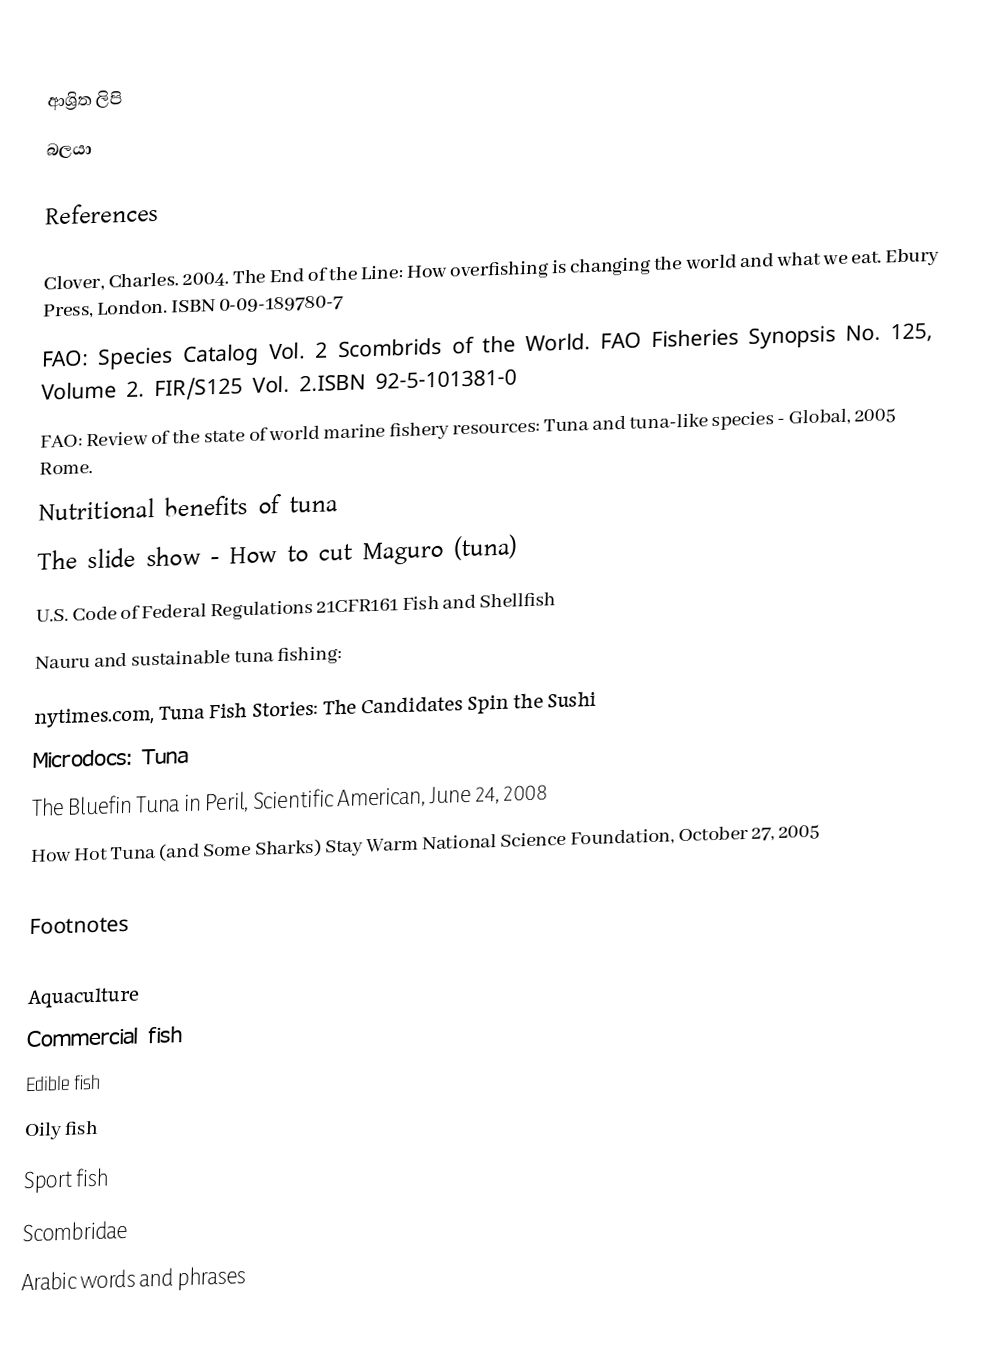

ආශ්‍රිත ලිපි
 බලයා

References

 Clover, Charles. 2004. The End of the Line: How overfishing is changing the world and what we eat. Ebury Press, London. ISBN 0-09-189780-7
 FAO: Species Catalog Vol. 2 Scombrids of the World. FAO Fisheries Synopsis No. 125, Volume 2. FIR/S125 Vol. 2.ISBN 92-5-101381-0
 FAO: Review of the state of world marine fishery resources: Tuna and tuna-like species - Global, 2005 Rome.
 Nutritional benefits of tuna
 The slide show - How to cut Maguro (tuna)
 U.S. Code of Federal Regulations 21CFR161 Fish and Shellfish
 Nauru and sustainable tuna fishing:
nytimes.com, Tuna Fish Stories: The Candidates Spin the Sushi
Microdocs: Tuna
 The Bluefin Tuna in Peril, Scientific American, June 24, 2008
 How Hot Tuna (and Some Sharks) Stay Warm National Science Foundation, October 27, 2005

Footnotes

Aquaculture
Commercial fish
Edible fish
Oily fish
Sport fish
Scombridae
Arabic words and phrases